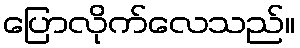
ပြောလိုက်လေသည်။